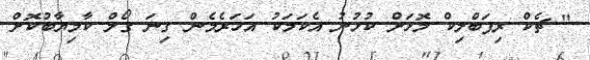
" ޗެކް ރިޕަބްލިކް މޮޅަށް ކުޅުނު އެކަމަކު އަހަރެމެން ގިނަ ގޯލް ކާމިޔާބުކޮށް